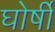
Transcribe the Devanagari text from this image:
घोर्षी